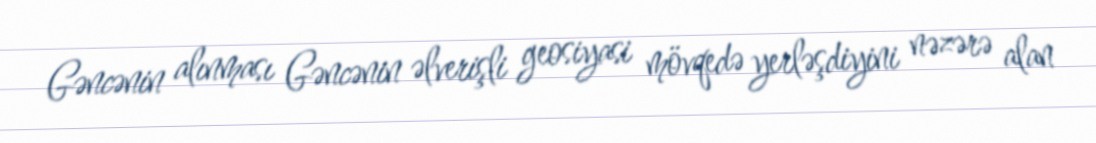
Gəncənin alınması Gəncənin əlverişli geosiyasi mövqedə yerləşdiyini nəzərə alan